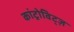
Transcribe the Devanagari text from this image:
कांट्रोविट्ज़